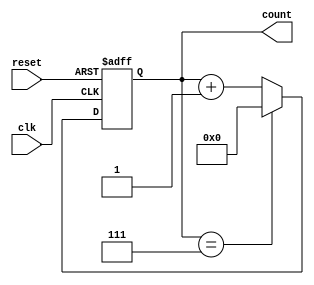
module mod_n_async_counter (
    input wire clk,          // Clock input
    input wire reset,        // Asynchronous reset
    output reg [N-1:0] count // Counter output
);

    parameter N = 8;         // Modulo value (e.g., 8 for counting from 0 to 7)
    localparam MAX_COUNT = N - 1; // Maximum count value

    // Asynchronous reset and counting logic
    always @(posedge clk or posedge reset) begin
        if (reset) begin
            count <= 0; // Reset counter to 0
        end else begin
            if (count == MAX_COUNT) begin
                count <= 0; // Wrap around when maximum count is reached
            end else begin
                count <= count + 1; // Increment the counter
            end
        end
    end

endmodule